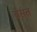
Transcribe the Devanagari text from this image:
बंसंत